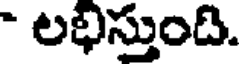
- లభిస్తుంది.